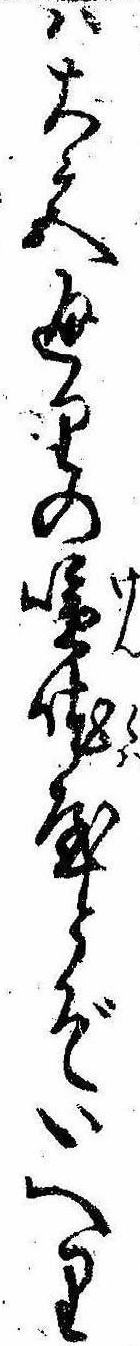
は大宮通りの喧屋とぞいへり